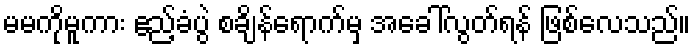
မမကိုမူကား ဧည့်ခံပွဲ စချိန်ရောက်မှ အခေါ်လွတ်ရန် ဖြစ်လေသည်။